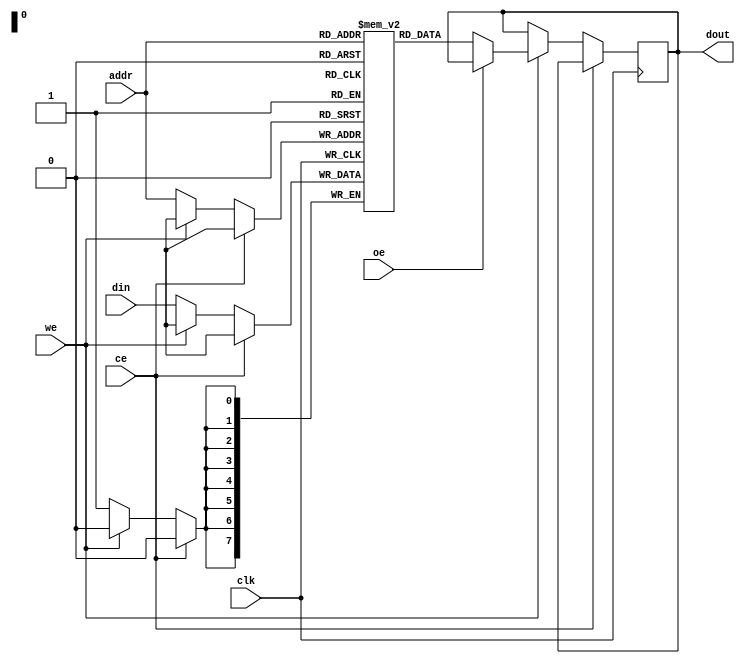
module sram_256x8 (
    input wire clk,           // Clock signal
    input wire ce,           // Chip Enable
    input wire we,           // Write Enable
    input wire oe,           // Output Enable
    input wire [7:0] din,    // Data Input
    input wire [7:0] addr,    // Address Input
    output reg [7:0] dout     // Data Output
);

    // Memory array: 256 words, each 8 bits wide
    reg [7:0] memory [0:255];

    // Read/Write operations
    always @(posedge clk) begin
        if (!ce) begin // Chip Enable active low
            if (!we) begin // Write operation
                memory[addr] <= din; // Write data to memory
            end
            else if (!oe) begin // Read operation
                dout <= memory[addr]; // Read data from memory
            end
        end
    end

endmodule